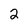
Character: 2